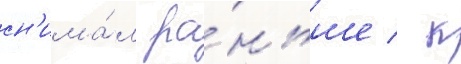
сн'има́л ра́ньше / к